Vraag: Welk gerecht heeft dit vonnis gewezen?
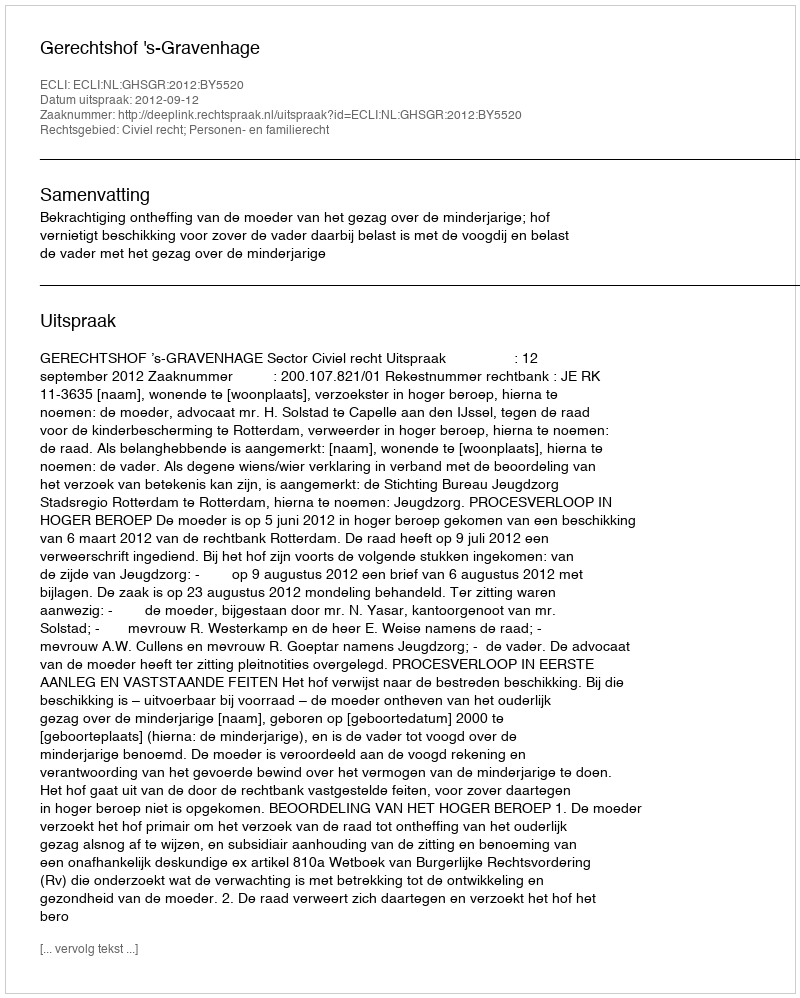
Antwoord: Gerechtshof 's-Gravenhage